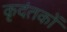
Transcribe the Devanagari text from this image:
कृदंतकों